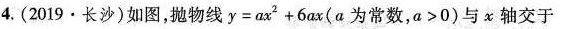
4.(2019·长沙)如图，抛物线y=ax2+6ax(α为常数，a>0)与x轴交于